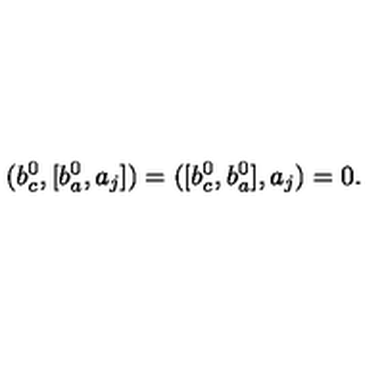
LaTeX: ( b _ { c } ^ { 0 } , [ b _ { a } ^ { 0 } , a _ { j } ] ) = ( [ b _ { c } ^ { 0 } , b _ { a } ^ { 0 } ] , a _ { j } ) = 0 .